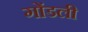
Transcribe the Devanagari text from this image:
गोंडली